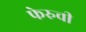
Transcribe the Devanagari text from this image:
फेरुची